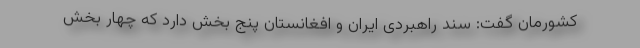
کشورمان گفت: سند راهبردی ایران و افغانستان پنج بخش دارد که چهار بخش